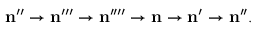
\mathbf { n } ^ { \prime \prime } \rightarrow \mathbf { n } ^ { \prime \prime \prime } \rightarrow \mathbf { n } ^ { \prime \prime \prime \prime } \rightarrow \mathbf { n } \rightarrow \mathbf { n } ^ { \prime } \rightarrow \mathbf { n } ^ { \prime \prime } .